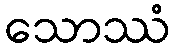
သောဿံ